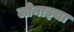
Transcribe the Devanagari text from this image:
जोनाइचा